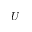
U